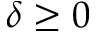
\delta \ge 0